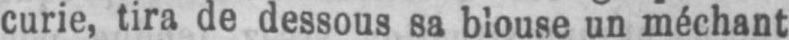
curie, tira de dessous sa blouse un méchant